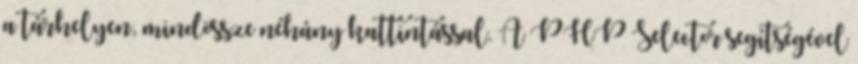
a tárhelyen, mindössze néhány kattintással. A PHP Selector segítségével